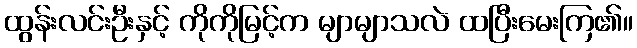
ထွန်းလင်းဦးနှင့် ကိုကိုမြင့်က မျာမျာသလဲ ထပြီးမေးကြ၏။